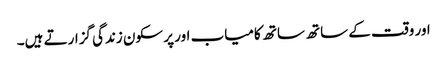
اور وقت کے ساتھ ساتھ کامیاب اور پر سکون زندگی گزارتے ہیں۔